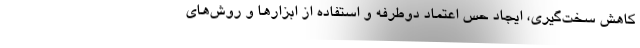
کاهش سخت‌گیری، ایجاد حس اعتماد دوطرفه و استفاده از ابزارها و روش‌های